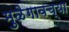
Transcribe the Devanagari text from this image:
मुळेगावच्या